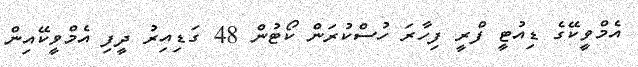
އެމްވީކޭގެ ޑިއުޓީ ފްރީ ފިހާރަ ހުސްކުރަން ކޯޓުން 48 ގަޑިއިރު ދީފި އެމްވީކޭއިން